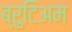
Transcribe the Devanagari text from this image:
ब्रुटिअम